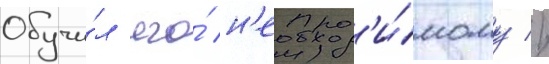
обучи́л его́ н'еобход'и́мому //